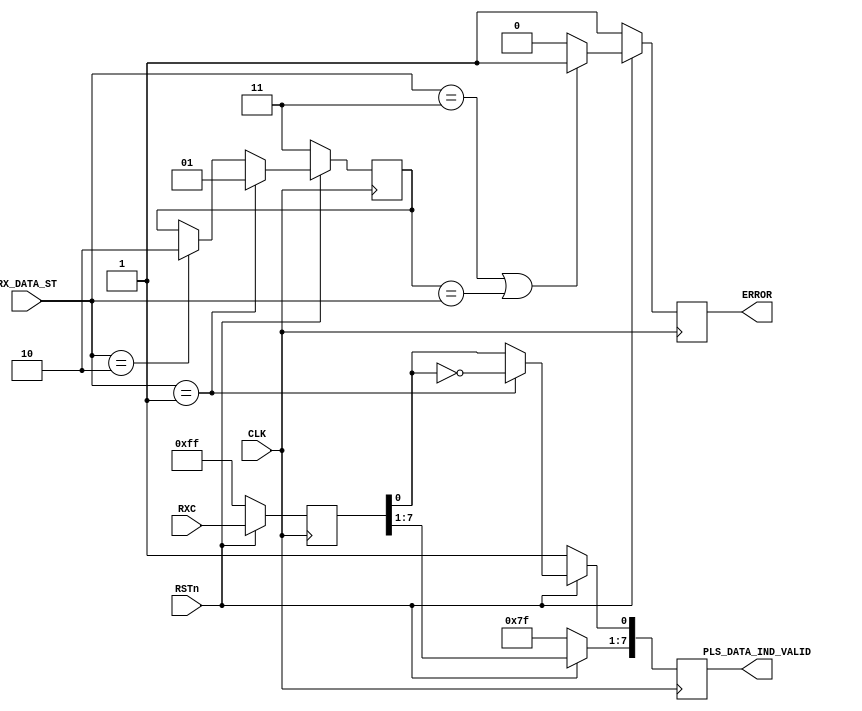
`timescale 1ns / 1ps
//////////////////////////////////////////////////////////////////////////////////
// Company: University of Moratuwa
// 
// Design Name: rxRSstateMach
// Module Name: rxRSstateMach
// Project Name: 40G Ethernet
// Target Devices: VC709
// Tool Versions: 2016.4
// Description: this belogns to the RS layer
// 
// Dependencies: 
// 
// Revision:
// Revision 0.01 - File Created
// Additional Comments:
// 
//////////////////////////////////////////////////////////////////////////////////


module rxRSstateMach(
    input CLK,
    input RSTn,
    input [1:0] RX_DATA_ST,
    input [7:0] RXC,
    output ERROR,
    output [7:0] PLS_DATA_IND_VALID
    );
    
    reg [1:0]pre_state=2'b11;
    reg error=1;
    reg [7:0]pls_valid_pipe1=8'hff;
    reg [7:0]pls_valid_pipe2=8'hff;
    
    assign ERROR = error;
    assign PLS_DATA_IND_VALID = pls_valid_pipe2;
    
    always@(posedge CLK)
    begin
        if(~RSTn)
        begin
            pre_state<=2'b11;
            error<=1;
            pls_valid_pipe1<=8'hff;
            pls_valid_pipe2<=8'hff;
        end
        
        else
        begin
            //pipe line the data
            pls_valid_pipe1 <= RXC;
        
            if((RX_DATA_ST == 2'b11)|(pre_state == RX_DATA_ST ))
            begin
                error <= 1;
            end
            else 
            begin
                error <= 0;
            end
            
            if(RX_DATA_ST == 2'b01)
            begin
                pls_valid_pipe2[0] <= ~pls_valid_pipe1[0];
                pls_valid_pipe2[7:1] <= pls_valid_pipe1[7:1];
            end
            else
            begin
                pls_valid_pipe2 <= pls_valid_pipe1;
            end
            
            if(RX_DATA_ST == 2'b01)
            begin
                pre_state=2'b01;
            end
            else if(RX_DATA_ST == 2'b10)
            begin
                pre_state=2'b10;
            end
        end
        
    end
            
endmodule